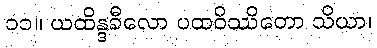
၁၁။ ယထိန္ဒခီလော ပထဝိဿိတော သိယာ၊